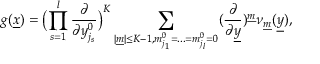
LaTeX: g ( \underline { { { x } } } ) = \bigl ( \prod _ { s = 1 } ^ { l } \frac { \partial } { \partial y _ { j _ { s } } ^ { 0 } } \bigr ) ^ { K } \sum _ { | \underline { { { m } } } | \leq K - 1 , m _ { j _ { 1 } } ^ { 0 } = . . . = m _ { j _ { l } } ^ { 0 } = 0 } ( \frac { \partial } { \partial \underline { { { y } } } } ) ^ { \underline { { { m } } } } \nu _ { \underline { { { m } } } } ( \underline { { { y } } } ) ,